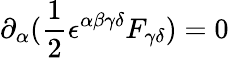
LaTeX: \partial_{\alpha}({\frac{1}{2}}\epsilon^{\alpha\beta\gamma\delta}F_{\gamma\delta})=0